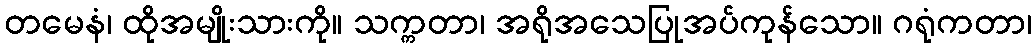
တမေနံ၊ ထိုအမျိုးသားကို။ သက္ကတာ၊ အရိုအသေပြုအပ်ကုန်သော။ ဂရုံကတာ၊